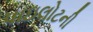
પાઇલોટની